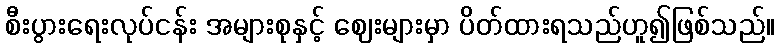
စီးပွားရေးလုပ်ငန်း အများစုနှင့် ဈေးများမှာ ပိတ်ထားရသည်ဟူ၍ဖြစ်သည်။